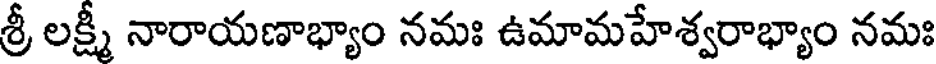
శ్రీ లక్ష్మీ నారాయణాభ్యాం నమః ఉమామహేశ్వరాభ్యాం నమః